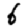
Digit: 6